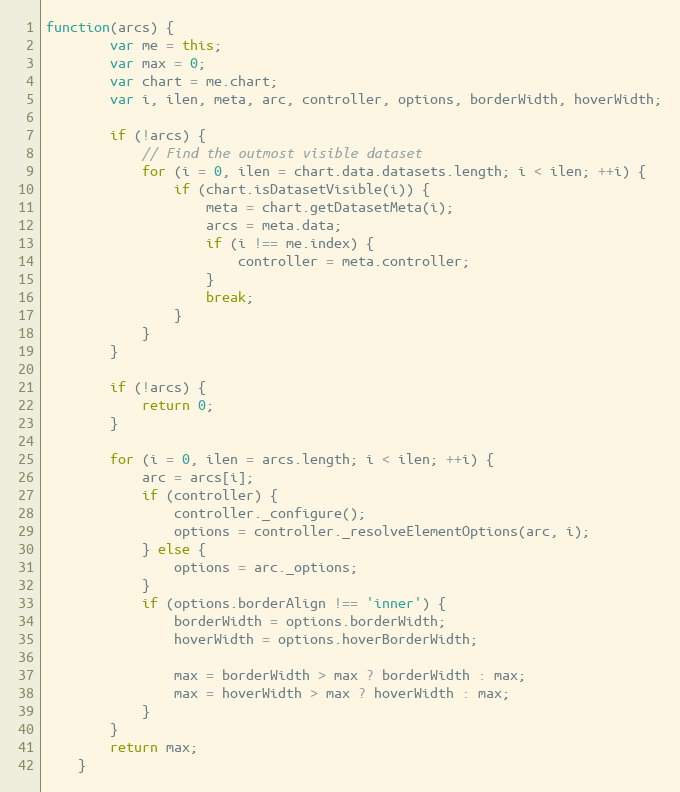
Language: JavaScript
function(arcs) {
		var me = this;
		var max = 0;
		var chart = me.chart;
		var i, ilen, meta, arc, controller, options, borderWidth, hoverWidth;

		if (!arcs) {
			// Find the outmost visible dataset
			for (i = 0, ilen = chart.data.datasets.length; i < ilen; ++i) {
				if (chart.isDatasetVisible(i)) {
					meta = chart.getDatasetMeta(i);
					arcs = meta.data;
					if (i !== me.index) {
						controller = meta.controller;
					}
					break;
				}
			}
		}

		if (!arcs) {
			return 0;
		}

		for (i = 0, ilen = arcs.length; i < ilen; ++i) {
			arc = arcs[i];
			if (controller) {
				controller._configure();
				options = controller._resolveElementOptions(arc, i);
			} else {
				options = arc._options;
			}
			if (options.borderAlign !== 'inner') {
				borderWidth = options.borderWidth;
				hoverWidth = options.hoverBorderWidth;

				max = borderWidth > max ? borderWidth : max;
				max = hoverWidth > max ? hoverWidth : max;
			}
		}
		return max;
	}